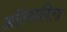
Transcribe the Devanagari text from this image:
ऑल्डफ़ील्ड